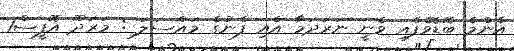
އެންމެ ބޮޑޮވެފެއި ވެނީ ނަރަދަމާ އެއި ފެނުގެ މައްސަލަ : މަރަދޫ އޮފީސް1